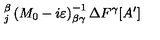
_ { j } ^ { \beta } \left( M _ { 0 } - i \varepsilon \right) _ { \beta \gamma } ^ { - 1 } \Delta F ^ { \gamma } [ A ^ { \prime } ]